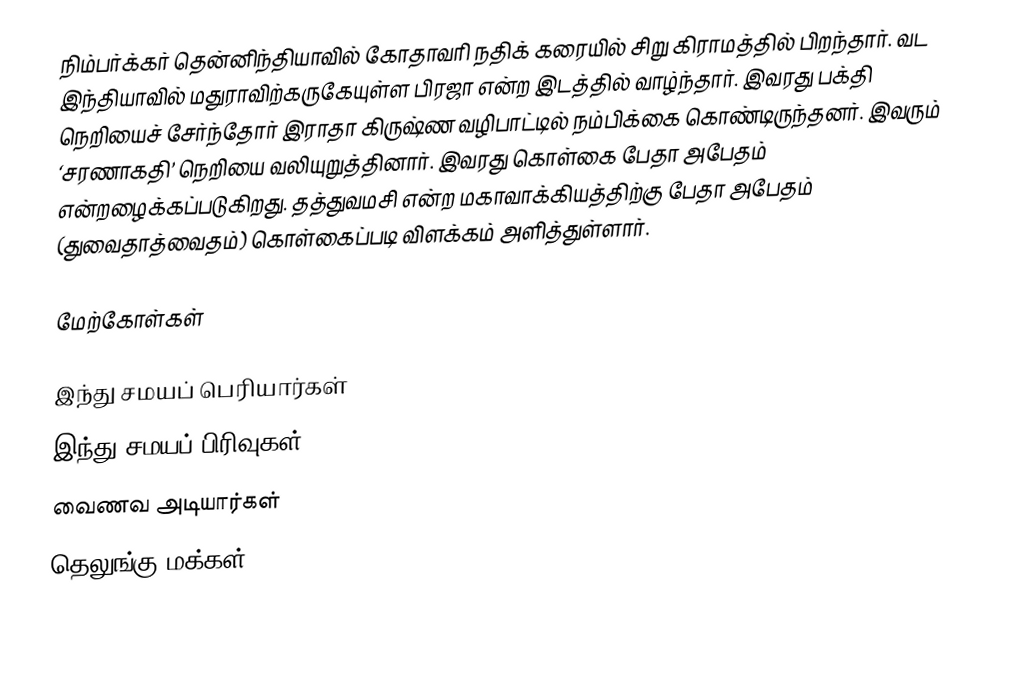
நிம்பர்க்கர் தென்னிந்தியாவில் கோதாவரி நதிக் கரையில் சிறு கிராமத்தில் பிறந்தார். வட இந்தியாவில் மதுராவிற்கருகேயுள்ள பிரஜா என்ற இடத்தில் வாழ்ந்தார். இவரது பக்தி நெறியைச் சேர்ந்தோர் இராதா கிருஷ்ண வழிபாட்டில் நம்பிக்கை கொண்டிருந்தனர். இவரும் ‘சரணாகதி’ நெறியை வலியுறுத்தினார். இவரது கொள்கை பேதா அபேதம்  என்றழைக்கப்படுகிறது. தத்துவமசி என்ற மகாவாக்கியத்திற்கு பேதா அபேதம் (துவைதாத்வைதம்)  கொள்கைப்படி விளக்கம் அளித்துள்ளார்.

மேற்கோள்கள்

இந்து சமயப் பெரியார்கள்
இந்து சமயப் பிரிவுகள்
வைணவ அடியார்கள்
தெலுங்கு மக்கள்